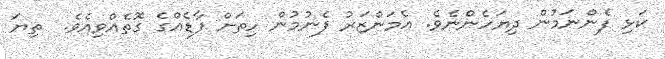
ކަޅި ފެންނަމުން ދިޔަހެންެނެވެ. އެމަންޒަރު ފެނުމުން ހިތަަށް ފާޑެއްގެ ގޮތެއްވިއެވެ.  ތިޔަ